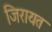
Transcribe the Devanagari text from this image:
जिरायत